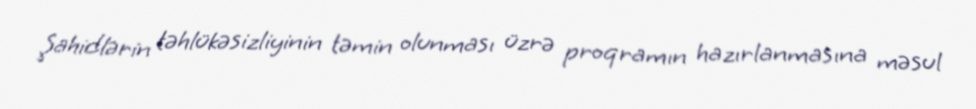
Şahidlərin təhlükəsizliyinin təmin olunması üzrə proqramın hazırlanmasına məsul